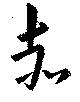
赤